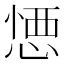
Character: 𢝴